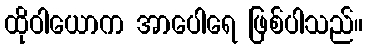
ထိုဝါယောက အာပေါရေ ဖြစ်ပါသည်။